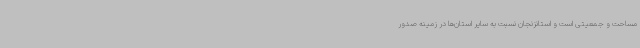
مساحت و جمعیتی است و استانزنجان نسبت به سایر استان‌ها در زمینه صدور